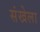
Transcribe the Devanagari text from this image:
संखेला